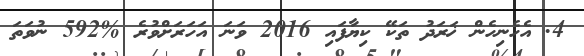
4. އެހެނިހެން ޚަރަދު ތަކޭ ކިޔާފައި 2016 ވަނަ އަހަރަށްވުރެ %592 ނުވަތަ